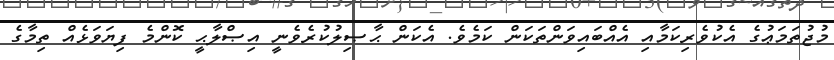
މުޖުތަމަޢުގެ އެކުވެރިކަމާއި އެއްބައިވަންތަކަން ކަމެވެ. އެކަން ޙާޞިލުކުރެވެނީ އިޞްލާޙީ ކޮންމެ ފިޔަވަޅެއް ތިމާގެ